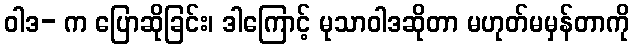
ဝါဒ- က ပြောဆိုခြင်း၊ ဒါကြောင့် မုသာဝါဒဆိုတာ မဟုတ်မမှန်တာကို